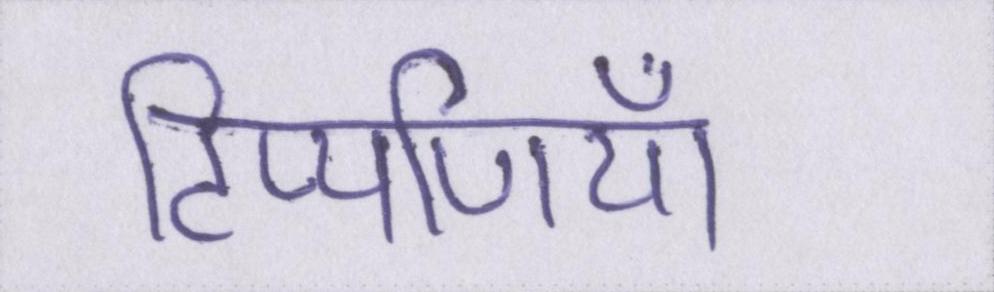
टिप्पणियाँ